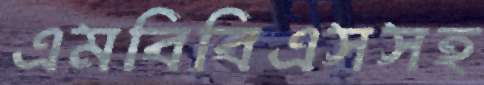
এমবিবিএসসহ